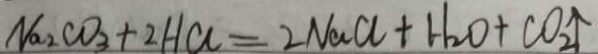
N a _ { 2 } C O _ { 3 } + 2 H C l = 2 N a C l + H _ { 2 } O + C O _ { 2 } \uparrow